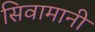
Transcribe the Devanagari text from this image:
सिवामानी